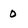
Character: 0